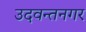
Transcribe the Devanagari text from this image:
उदवन्तनगर